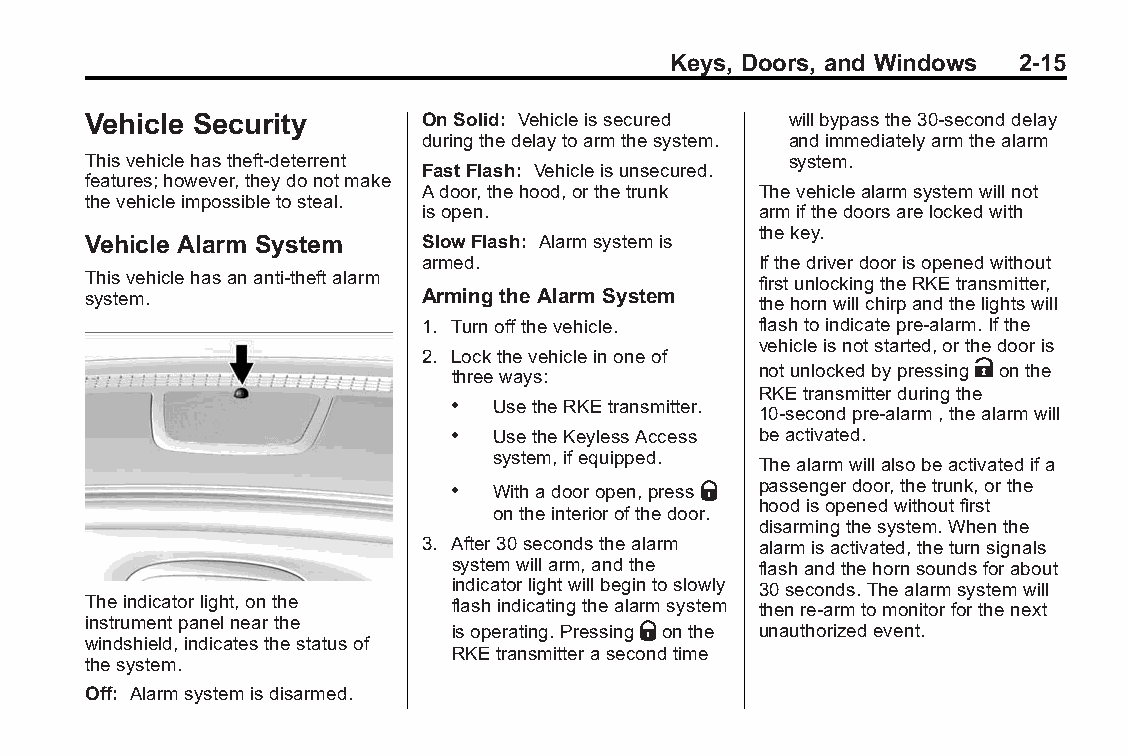
Buick LaCrosse Owner Manual (GMNA-Localizing-U.S./Canada/Mexico- Blackplate(15,1)
 6043609)-2014-2ndEdition-10/24/13
 Keys, Doors, and Windows 2-15
 Vehicle Security       OnSolid: Vehicleissecured willbypassthe30-seconddelay
 duringthedelaytoarmthesystem. andimmediatelyarmthealarm
 Thisvehiclehastheft-deterrent                  system.
 FastFlash: Vehicleisunsecured.
 features;however,theydonotmake
 Adoor,thehood,orthetrunk Thevehiclealarmsystemwillnot
 thevehicleimpossibletosteal.
 isopen.               armifthedoorsarelockedwith
 thekey.
 Vehicle Alarm System   SlowFlash: Alarmsystemis
 armed.                Ifthedriverdoorisopenedwithout
 Thisvehiclehasananti-theftalarm              firstunlockingtheRKEtransmitter,
 system.                Arming the Alarm System thehornwillchirpandthelightswill
 1. Turnoffthevehicle. flashtoindicatepre-alarm.Ifthe
 vehicleisnotstarted,orthedooris
 2. Lockthevehicleinoneof
 threeways:
 notunlockedbypressingKonthe
 RKEtransmitterduringthe
 . UsetheRKEtransmitter.
 10-secondpre-alarm,thealarmwill
 . UsetheKeylessAccess beactivated.
 system,ifequipped.
 Thealarmwillalsobeactivatedifa
 . Withadooropen,pressQ passengerdoor,thetrunk,orthe
 hoodisopenedwithoutfirst
 ontheinteriorofthedoor.
 disarmingthesystem.Whenthe
 3. After30secondsthealarm alarmisactivated,theturnsignals
 systemwillarm,andthe flashandthehornsoundsforabout
 indicatorlightwillbegintoslowly 30seconds.Thealarmsystemwill
 Theindicatorlight,onthe  flashindicatingthealarmsystem thenre-armtomonitorforthenext
 instrumentpanelnearthe   isoperating.PressingQonthe unauthorizedevent.
 windshield,indicatesthestatusof
 RKEtransmitterasecondtime
 thesystem.
 Off: Alarmsystemisdisarmed.